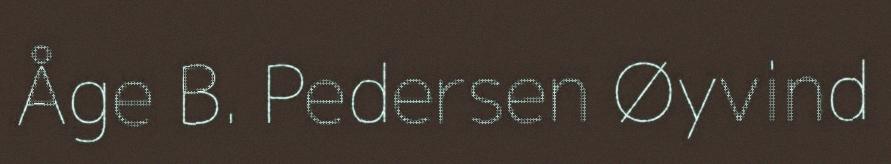
Åge B. Pedersen Øyvind